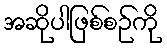
အဆိုပါဖြစ်စဉ်ကို